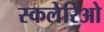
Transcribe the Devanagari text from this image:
स्कलेरिओ